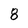
Character: 8